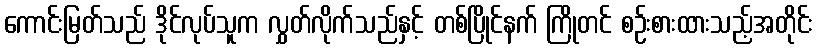
ကောင်းမြတ်သည် ဒိုင်လုပ်သူက လွှတ်လိုက်သည်နှင့် တစ်ပြိုင်နက် ကြိုတင် စဉ်းစားထားသည့်အတိုင်း